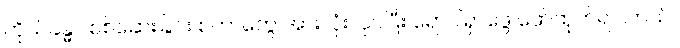
ကိုယ်ခန္ဓာ စစ်ဆေးခြင်း စတာတွေ အားလုံးလုပ်ပြီး ရောဂါရှာဖွေ ဖော်ထုတ်ရပါတယ်။